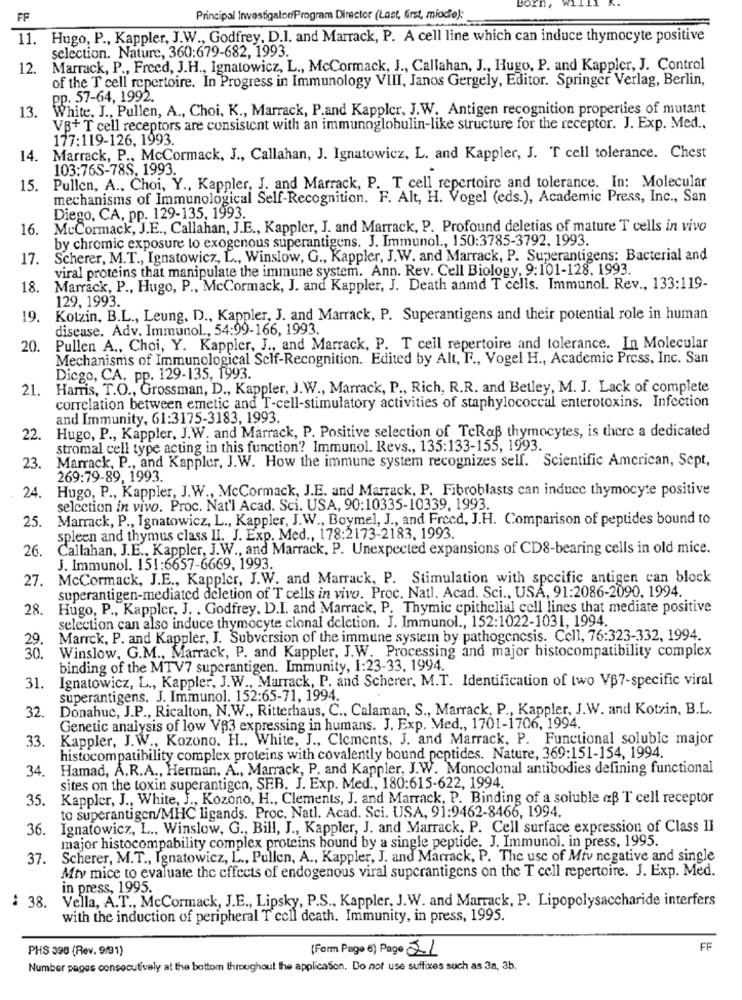
FF
Principal Investigator/Program Director (Last, first, miodie):
11. Hugo, P ., Kappler, J.W ., Godfrey. D.I. and Marrack, P. A cell line which can induce thymocyte positive
selection. Nature, 360:679-682, 1993.
12. Marrack, P ., Freed, J.H ., Ignatowicz, L ., McCormack, J ., Callahan, J ., Hugo, P. and Kappler, J. Control
of the T cell repertoire. In Progress in Immunology VIII, Janos Gergely, Editor. Springer Verlag, Berlin,
pp. 57-64, 1992.
13.
White, J ., Pullen, A ., Choi, K ., Marrack, P.and Kappler, J.W. Antigen recognition properties of mutant
VB+T cell receptors are consistent with an immunoglobulin-like structure for the receptor. J. Exp. Med ..
177:119-126, 1993.
14. Marrack, P ., McCormack, J ., Callahan, J. Ignatowicz, L. and Kappler, J. T cell tolerance. Chest
103:76S-78S. 1993.
15. Pullen, A ., Choi, Y ., Kappler, J. and Marrack, P. T cell repertoire and tolerance. In: Molecular
mechanisms of Immunological Self-Recognition. F. Alt, H. Vogel (eds.), Academic Press, Inc ., San
Diego, CA, pp. 129-135, 1993.
16.
McCormack, J.E ., Callahan, J.E ., Kappler, J. and Marrack, P. Profound deletias of mature T cells in vivo
by chromic exposure to exogenous superantigens. J. Immunol ., 150:3785-3792, 1993.
17.
Scherer, M.T ., Ignatowicz, L ., Winslow, G ., Kappler, J.W. and Marrack, P. Superantigens: Bacterial and
viral proteins that manipulate the immune system. Ann. Rev. Cell Biology, 9:101-128, 1993.
18.
Marrack, P ., Hugo, P ., McCormack, J. and Kappler, J. Death anmd T cells. Immunol. Rev ., 133:119-
129, 1993.
19.
Kotzin, B.L ., Leung, D ., Kappler, J. and Marrack, P. Superantigens and their potential role in human
disease. Adv. Immunol ., 54:99-166, 1993.
20.
Pullen A ., Choi, Y. Kappler, J ., and Marrack, P. T cell repertoire and tolerance. In Molecular
Mechanisms of Immunological Self-Recognition. Edited by Alt, F ., Vogel H ., Academic Press, Inc. San
Diego, CA. pp. 129-135, 1993.
21.
Harris, T.O ., Grossman, D ., Kappler, J.W ., Marrack, P ., Rich, R.R. and Betley, M. J. Lack of complete
correlation between emetic and T-cell-stimulatory activities of staphylococcal enterotoxins. Infection
and Immunity, 61:3175-3183, 1993.
Hugo, P ., Kappler, J.W. and Marrack, P. Positive selection of TeRaß thymocytes, is there a dedicated
22
stromal cell type acting in this function? Immunol. Revs ., 135:133-155, 1993.
23.
Marrack, P ., and Kappler, J.W. How the immune system recognizes self. Scientific American, Sept,
269:79-89, 1993.
24. Hugo, P ., Kappler, J.W ., McCormack, J.E. and Marrack, P. Fibroblasts can induce thymocyte positive
selection in vivo. Proc. Nat'l Acad. Sci. USA, 90:10335-10339, 1993.
25. Marrack, P ., Ignatowicz, L ., Kappler, J.W ., Boymel, J ., and Freed, J.H. Comparison of peptides bound to
spleen and thymus class II. J. Exp. Med ., 178:2173-2183, 1993.
26.
Callahan, J.E ., Kappler, J.W ., and Marrack, P. Unexpected expansions of CDS-bearing cells in old mice.
J. Immunol. 151:6657-6669, 1993.
27. McCormack, J.E ., Kappler, J.W. and Marrack, P. Stimulation with specific antigen can block
superantigen-mediated deletion of T cells in vivo. Proc. Natl. Acad. Sci ., USA, 91:2086-2090, 1994.
28. Hugo, P ., Kappler, J. , Godfrey. D.I. and Marrack, P. Thymic epithelial cell lines that mediate positive
selection can also induce thymocyte clonal deletion. J. Immunol ., 152:1022-1031, 1994.
Marrck, P. and Kappler, J. Subversion of the immune system by pathogenesis. Cell, 76:323-332, 1994.
88
Winslow, G.M ., Marrack, P. and Kappler, J.W. Processing and major histocompatibility complex
binding of the MTV7 supcrantigen. Immunity, 1:23-33, 1994.
Ignatowicz, L ., Kappler, J.W ., Marrack, P. and Scherer, M.T. Identification of two VB7-specific viral
31.
superantigens. J. Immunol. 152:65-71, 1994.
Donahuc, J.P ., Ricalton, N.W ., Ritterhaus, C ., Calaman, S ., Marrack, P ., Kappler, J.W. and Kotzin, B.L.
32.
Genetic analysis of low VB3 expressing in humans. J. Exp. Med ., 1701-1706, 1994.
33
Kappler, J.W ., Kozono. H ., White, J ., Clements, J. and Marrack, P. Functional soluble major
histocompatibility complex proteins with covalently bound peptides. Nature, 369:151-154, 1994.
34
Hamad, A.R.A ., Herman, A ., Marrack, P. and Kappler, J.W. Monoclonal antibodies defining functional
sites on the toxin superantigen, SER. J. Exp. Med ., 180:615-622, 1994.
35.
Kappler, J ., White, J ., Kozono, H ., Clements, J. and Marrack, P. Binding of a soluble aß T cell receptor
to superantigen/MHC ligands. Proc. Natl. Acad. Sci. USA, 91:9462-8466, 1994.
36.
Ignatowicz, L ., Winslow, G ., Bill, J ., Kappler, J. and Marrack, P. Cell surface expression of Class II
major histocompability complex proteins bound by a single peptide. J. Immunol, in press, 1995.
37.
Scherer, M.T ., Ignatowicz, L ., Pullen, A ., Kappler, J. and Marrack, P. The use of Mtv negative and single
Mtv mice to evaluate the effects of endogenous viral supcrantigens on the T cell repertoire. J. Exp. Med.
in press, 1995.
: 38.
Vella, A.T ., McCormack, J.E ., Lipsky, P.S ., Kappler, J.W. and Marrack, P. Lipopolysaccharide interfers
with the induction of peripheral T'cell death. Immunity, in press, 1995.
PHS 396 (Rev. 9/91)
(Form Page 6) Page 21
FF
Number pages consecutively at the bottom throughout the application. Do not use suffixes such as 3a, 3b.